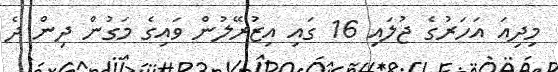
މިދިއަ އަހަރުގެ ޖުލައި 16 ގައި އިޒުރޭލުން ވައިގެ މަގުން ދިން ދެ